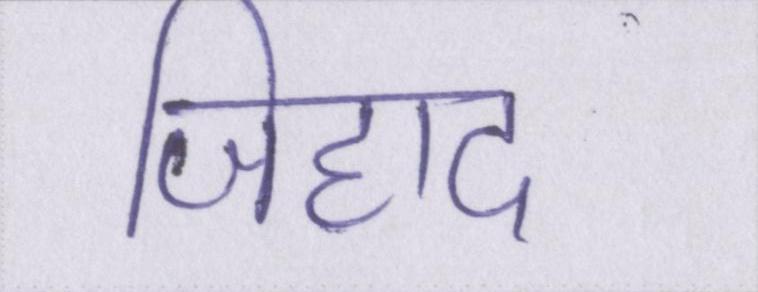
जिहाद